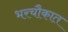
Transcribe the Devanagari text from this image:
भरचौकात